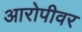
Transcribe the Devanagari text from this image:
आरोपीवर